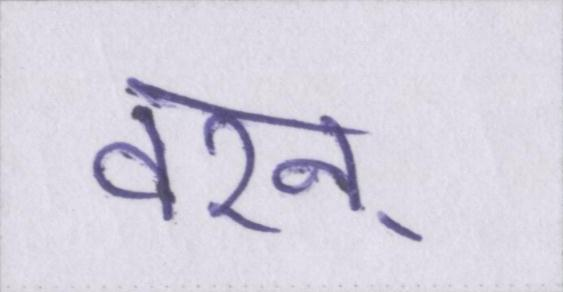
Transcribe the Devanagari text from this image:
वरन्